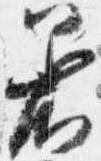
着